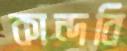
কান্দবি